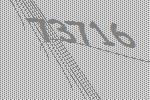
73716